Scientific memoirs by medical officers of the Army of India - Part XII,
Year: 1901
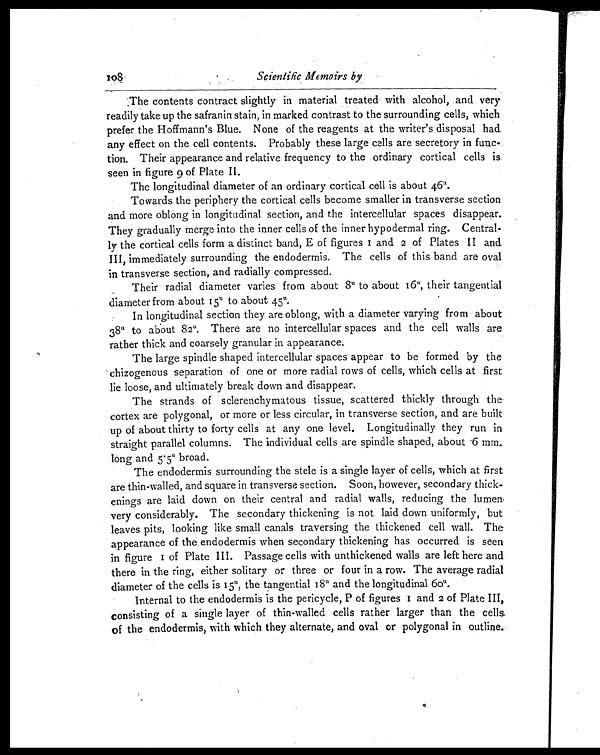
108
Scientific Memoirs by
The contents contract slightly in material treated with alcohol, and very
readily take up the safranin stain, in marked contrast to the surrounding cells, which
prefer the Hoffmann's Blue. None of the reagents at the writer's disposal had
any effect on the cell contents. Probably these large cells are secretory in func-
tion. Their appearance and relative frequency to the ordinary cortical cells is
seen in figure 9 of Plate II.
The longitudinal diameter of an ordinary cortical cell is about 46 u.
Towards the periphery the cortical cells become smaller in transverse section
and more oblong in longitudinal section, and the intercellular spaces disappear.
They gradually merge into the inner cells of the inner hypodermal ring. Central-
ly the cortical cells form a distinct band, E of figures 1 and 2 of Plates II and
III, immediately surrounding the endodermis. The cells of this band are oval
in transverse section, and radially compressed.
Their radial diameter varies from about 8u to about 16u, their tangential
diameter from about 15u to about 45u.
In longitudinal section they are oblong, with a diameter varying from about
38 u to about 82u . There are no intercellular spaces and the cell walls are
rather thick and coarsely granular in appearance.
The large spindle shaped intercellular spaces appear to be formed by the
chizogenous separation of one or more radial rows of cells, which cells at first
lie loose, and ultimately break down and disappear.
The strands of sclerenchymatous tissue, scattered thickly through the
cortex are polygonal, or more or less circular, in transverse section, and are built
up of about thirty to forty cells at any one level. Longitudinally they run in
straight parallel columns. The individual cells are spindle shaped, about 6 mm.
long and 5 . 5u broad.
The endodermis surrounding the stele is a single layer of cells, which at first
are thin-walled, and square in transverse section. Soon, however, secondary thick-
enings are laid down on their central and radial walls, reducing the lumen
very considerably. The secondary thickening is not laid down uniformly, but
leaves pits, looking like small canals traversing the thickened cell wall. The
appearance of the endodermis when secondary thickening has occurred is seen
in figure I of Plate III. Passage cells with unthickened walls are left here and
there in the ring, either solitary or three or four in a row. The average radial
diameter of the cells is 15u, the tangential 18 u and the longitudinal 60 u.
Internal to the endodermis is the pericycle, P of figures 1 and 2 o f P l a t e I I I ,
consisting of a single layer of thin-walled cells rather larger than the cells
of the endodermis, with which they alternate, and oval or polygonal in outline.